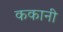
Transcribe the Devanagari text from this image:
ककानी